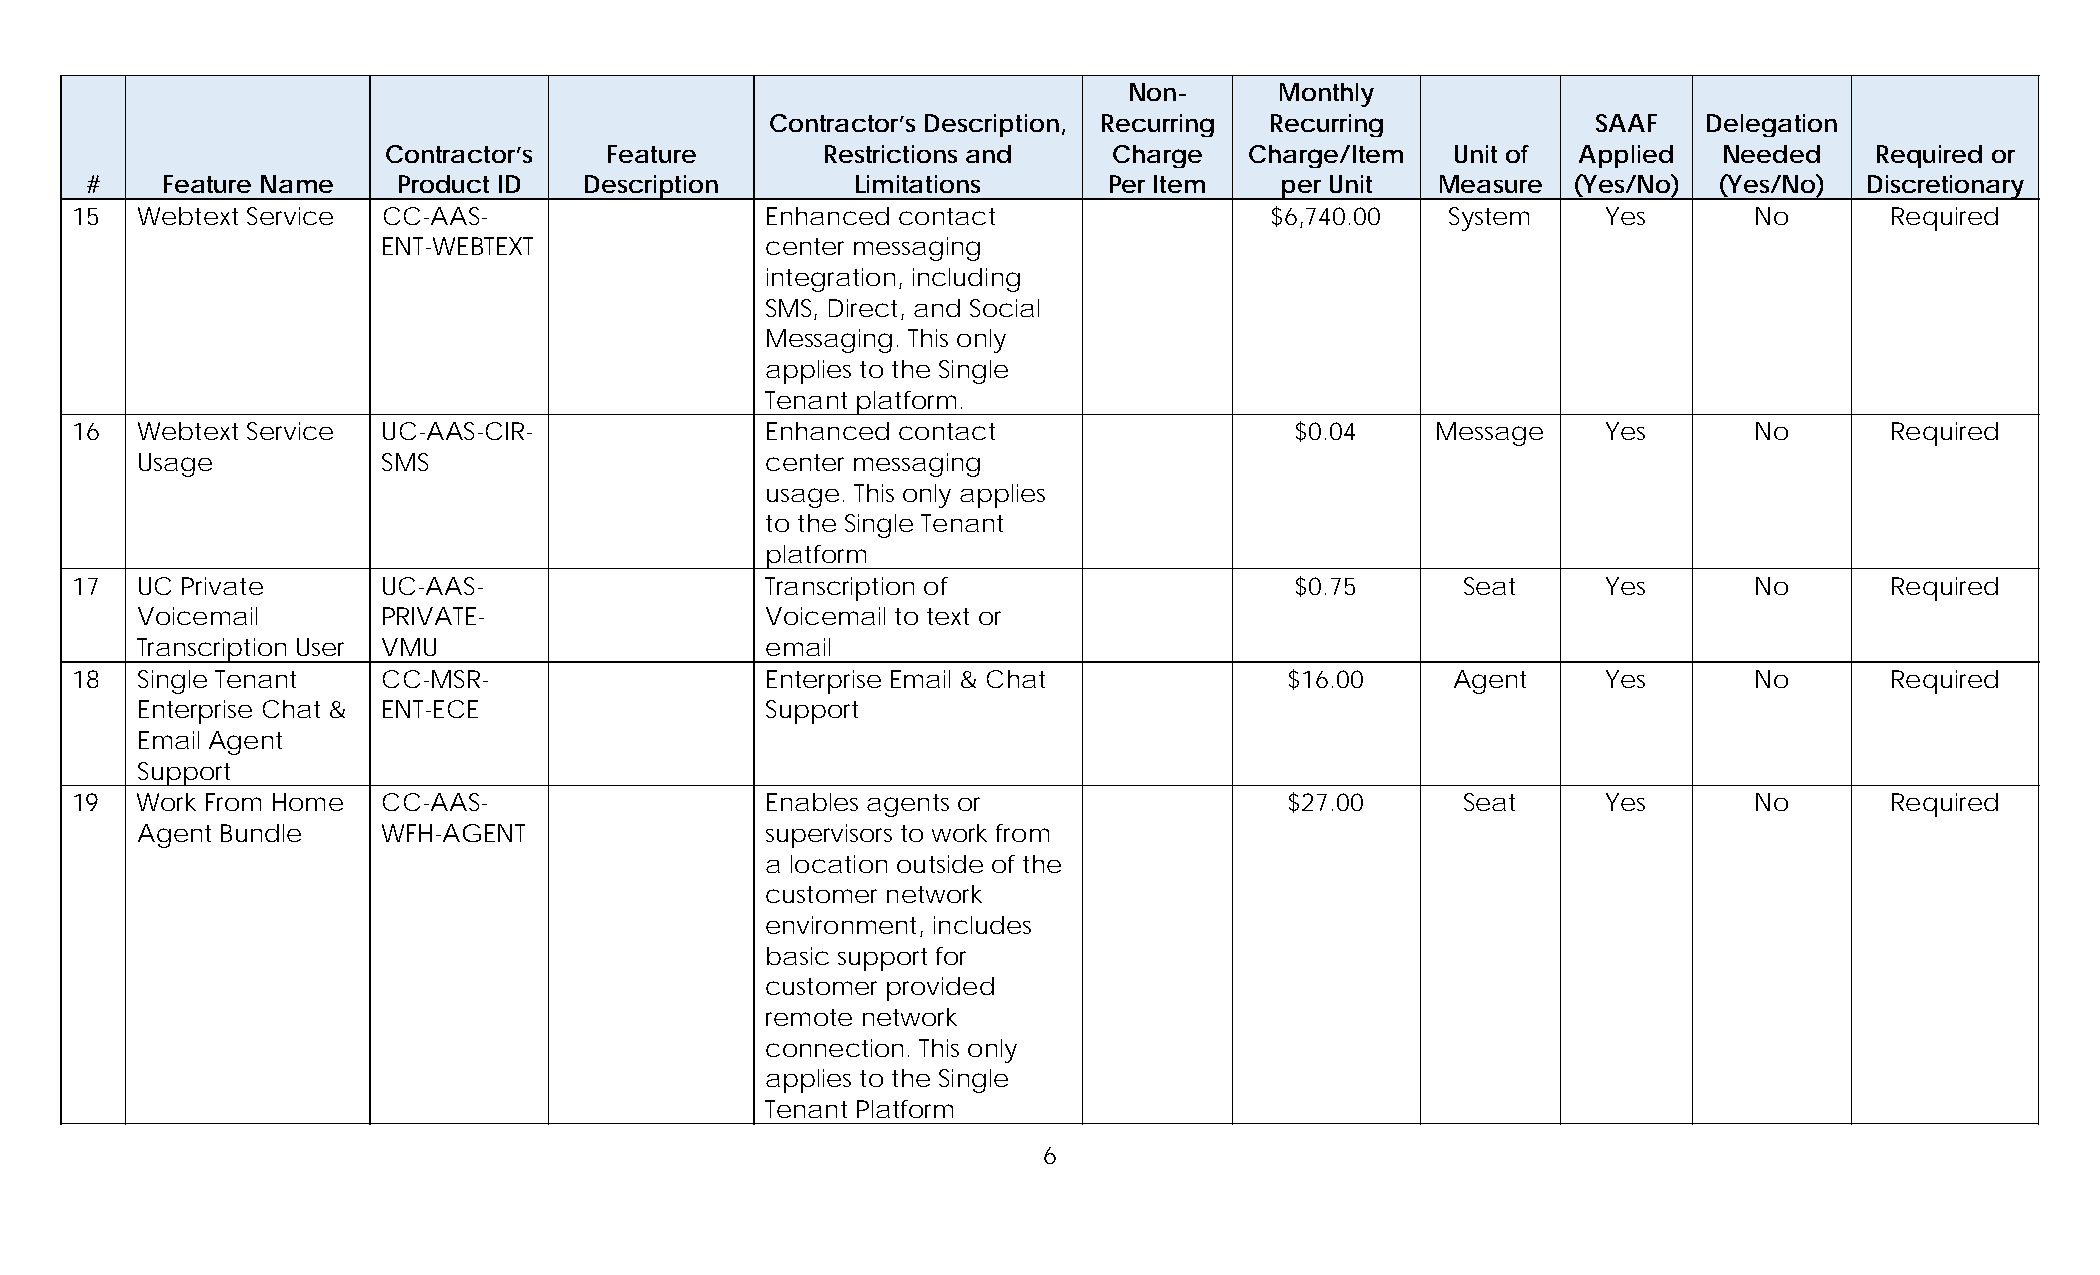
Non-      Monthly
 Contractor’s Description, Recurring Recurring          SAAF   Delegation
 Contractor’s  Feature        Restrictions and   Charge   Charge/Item  Unit of  Applied  Needed    Required or
 #    Feature Name   Product ID   Description       Limitations     Per Item    per Unit  Measure  (Yes/No)  (Yes/No)  Discretionary
 15  Webtext Service CC-AAS-                   Enhanced contact                 $6,740.00   System    Yes       No       Required
 ENT-WEBTEXT               center messaging
 integration, including
 SMS, Direct, and Social
 Messaging. This only
 applies to the Single
 Tenant platform.
 16  Webtext Service UC-AAS-CIR-               Enhanced contact                   $0.04    Message    Yes       No       Required
 Usage           SMS                       center messaging
 usage. This only applies
 to the Single Tenant
 platform
 17  UC Private      UC-AAS-                   Transcription of                   $0.75      Seat     Yes       No       Required
 Voicemail       PRIVATE-                  Voicemail to text or
 Transcription User VMU                    email
 18  Single Tenant   CC-MSR-                   Enterprise Email & Chat           $16.00     Agent     Yes       No       Required
 Enterprise Chat & ENT-ECE                 Support
 Email Agent
 Support
 19  Work From Home  CC-AAS-                   Enables agents or                 $27.00      Seat     Yes       No       Required
 Agent Bundle    WFH-AGENT                 supervisors to work from
 a location outside of the
 customer network
 environment, includes
 basic support for
 customer provided
 remote network
 connection. This only
 applies to the Single
 Tenant Platform
 6